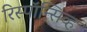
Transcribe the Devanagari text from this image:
रिस्पॉन्सिव्ह